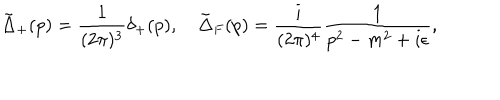
\tilde { \Delta } _ { + } ( p ) = \frac { 1 } { ( 2 \pi ) ^ { 3 } } \delta _ { + } ( p ) , \quad \tilde { \Delta } _ { F } ( p ) = \frac { i } { ( 2 \pi ) ^ { 4 } } \frac { 1 } { p ^ { 2 } - m ^ { 2 } + i \epsilon } ,